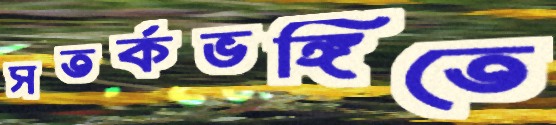
সতর্কভঙ্গিতে